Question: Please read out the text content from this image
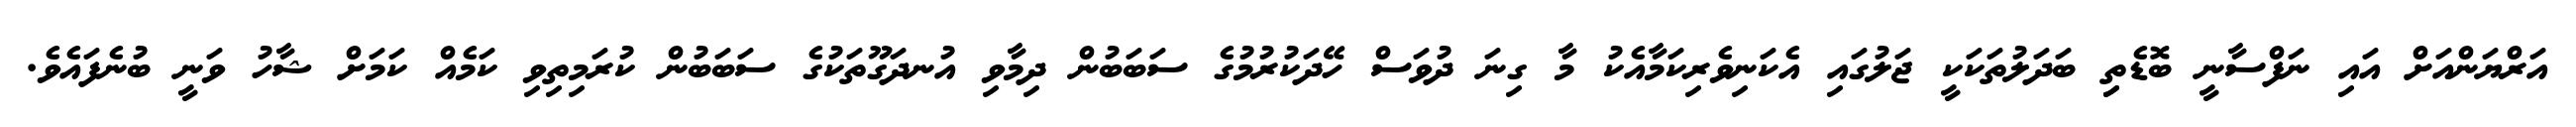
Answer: އަރްޔަންއަށް އައި ނަފްސާނީ ބޮޑެތިި ބަދަލުތަކަކީ ޖަލުގައި އެކަނިވެރިކަމާއެކު މާ ގިނަ ދުވަސް ހޭދަކުރުމުގެ ސަބަބުން ދިމާވި އުނދަގޫތަކުގެ ސަބަބުން ކުރަމިތިވި ކަމެއް ކަމަށް ޝާހު ވަނީ ބުނެފައެވެ.